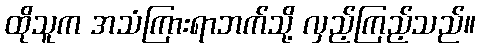
ထိုသူက အသံကြားရာဘက်သို့ လှည့်ကြည့်သည်။